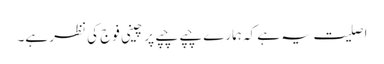
اصلیت یہ ہے کہ ہمارے چپے چپے پر چینی فوج کی نظر ہے۔